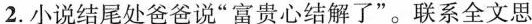
2.小说结尾处爸爸说“富贵心结解了”。联系全文思